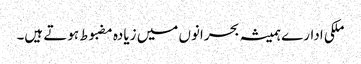
ملکی ادارے ہمیشہ بحرانوں میں زیادہ مضبوط ہوتے ہیں۔